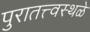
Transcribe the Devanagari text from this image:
पुरातत्त्वस्थळे